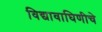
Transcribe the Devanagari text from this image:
विद्यावाघिणीचे